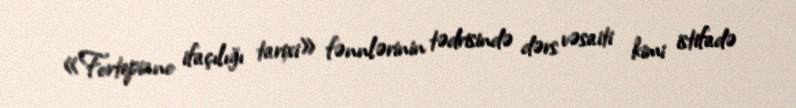
«Fortepiano ifaçılığı tarixi» fənnlərinin tədrisində dərs vəsaiti kimi istifadə